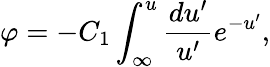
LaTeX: \varphi=-C_{1}\int_{\infty}^{u}\frac{du^{\prime}}{u^{\prime}}e^{-u^{\prime}},